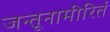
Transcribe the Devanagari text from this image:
जन्तूनामीरितं